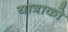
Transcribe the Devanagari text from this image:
यात्राको